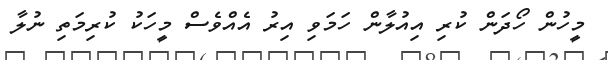
މީހުން ހޯދަން ކުރި އިއުލާން ހަމަވި އިރު އެއްވެސް މީހަކު ކުރިމަތި ނުލާ